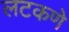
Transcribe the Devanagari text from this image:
लटकणे